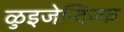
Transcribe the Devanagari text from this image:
ळुइजेन्दिज्क